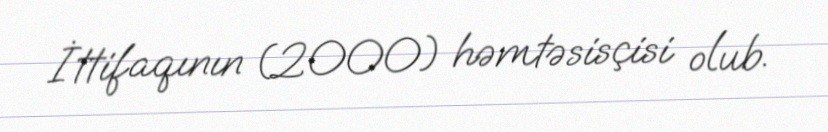
İttifaqının (2000) həmtəsisçisi olub.